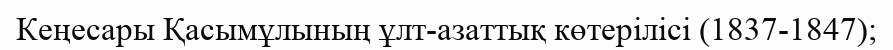
Кеңесары Қасымұлының ұлт-азаттық көтерілісі (1837-1847);